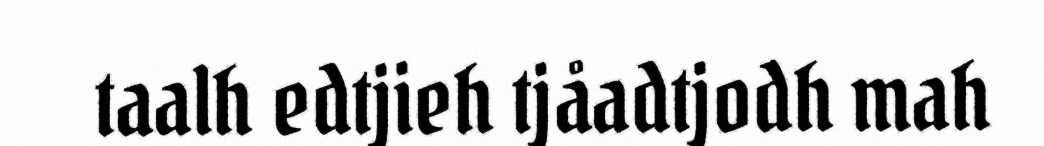
taalh edtjieh tjåadtjodh mah